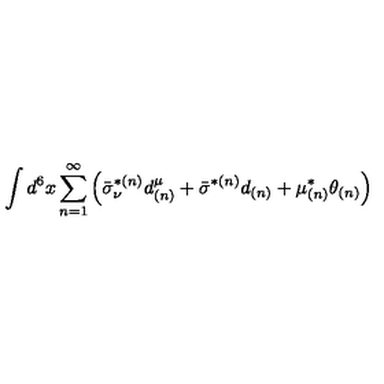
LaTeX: \int d ^ { 6 } x \sum _ { n = 1 } ^ { \infty } \left( \bar { \sigma } _ { \nu } ^ { * ( n ) } d _ { ( n ) } ^ { \mu } + \bar { \sigma } ^ { * ( n ) } d _ { ( n ) } + \mu _ { ( n ) } ^ { * } \theta _ { ( n ) } \right)